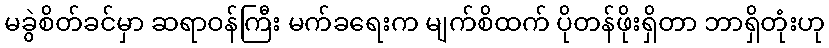
မခွဲစိတ်ခင်မှာ ဆရာဝန်ကြီး မက်ခရေးက မျက်စိထက် ပိုတန်ဖိုးရှိတာ ဘာရှိတုံးဟု